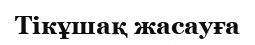
Тікұшақ жасауға